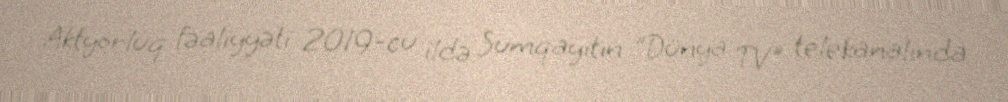
Aktyorluq fəaliyyəti 2019-cu ildə Sumqayıtın "Dünya TV" telekanalında